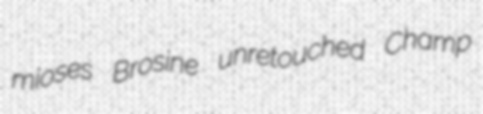
mioses Brosine unretouched Champ